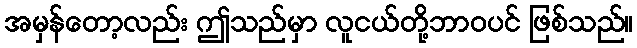
အမှန်တော့လည်း ဤသည်မှာ လူငယ်တို့ဘာဝပင် ဖြစ်သည်။